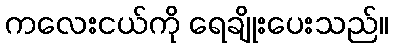
ကလေးငယ်ကို ရေချိုးပေးသည်။